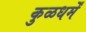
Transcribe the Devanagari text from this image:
कुळधर्में